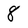
Character: 8